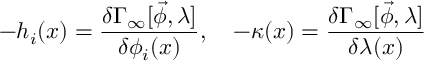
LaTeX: - h _ { i } ( x ) = \frac { \delta \Gamma _ { \infty } [ \vec { \phi } , \lambda ] } { \delta \phi _ { i } ( x ) } , \quad - \kappa ( x ) = \frac { \delta \Gamma _ { \infty } [ \vec { \phi } , \lambda ] } { \delta \lambda ( x ) }